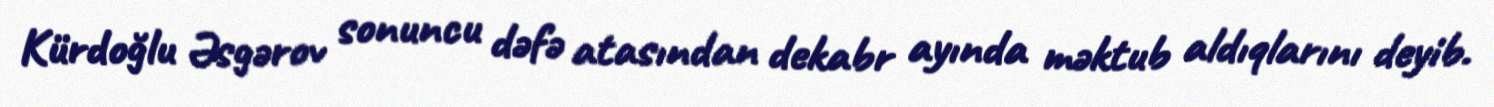
Kürdoğlu Əsgərov sonuncu dəfə atasından dekabr ayında məktub aldıqlarını deyib.